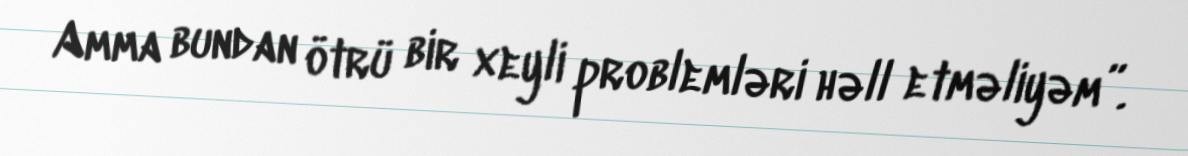
Amma bundan ötrü bir xeyli problemləri həll etməliyəm”.